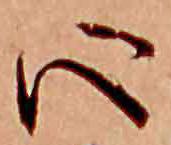
心